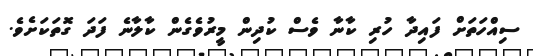
ސިއްހަތަށް ފައިދާ ހުރި ކާނާ ވެސް ކުދިން މީރުވެގެން ކާލާނެ ފަދަ ގޮތަކަށެވެ.